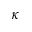
\kappa